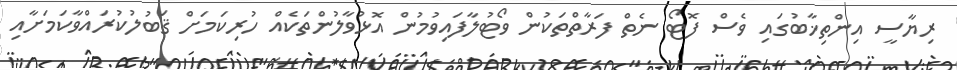
ރިޔާސީ އިންތިޚާބުގައި ވެސް ފޮޓޯ ނެތް ފަރާތްތަކުން ވޯޓުލާފައިވުމުން އޮޅުވާލުންތަކެއް ހުރިކަމަށް ޤަބުލުކުރައްވާކަމަށާއި